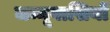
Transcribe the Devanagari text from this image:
जम्मूवासियों